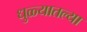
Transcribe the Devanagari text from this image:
धुळ्यातल्या